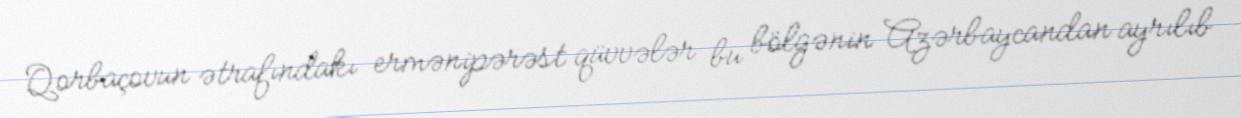
Qorbaçovun ətrafındakı ermənipərəst qüvvələr bu bölgənin Azərbaycandan ayrılıb